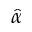
\widehat { \alpha }